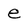
Character: e